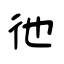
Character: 彵